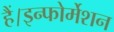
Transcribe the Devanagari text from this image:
हैं।इन्फोर्मेशन